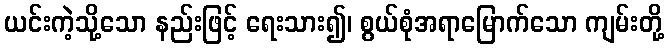
ယင်းကဲ့သို့သော နည်းဖြင့် ရေးသား၍၊ စွယ်စုံအရာမြောက်သော ကျမ်းတို့